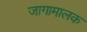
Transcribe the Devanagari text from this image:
जागामालक